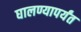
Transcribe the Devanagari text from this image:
घालण्यापर्यंत